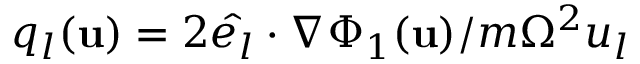
q _ { l } ( \mathbf { u } ) = 2 \hat { e _ { l } } \cdot \nabla \Phi _ { 1 } ( \mathbf { u } ) / m \Omega ^ { 2 } u _ { l }